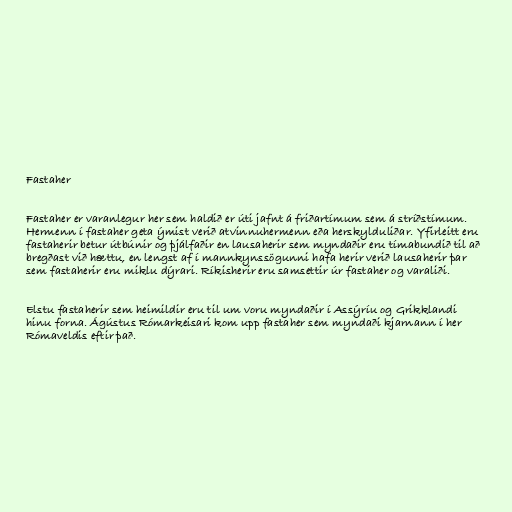
Fastaher

Fastaher er varanlegur her sem haldið er úti jafnt á friðartímum sem á stríðstímum.
Hermenn í fastaher geta ýmist verið atvinnuhermenn eða herskylduliðar. Yfirleitt eru
fastaherir betur útbúnir og þjálfaðir en lausaherir sem myndaðir eru tímabundið til að
bregðast við hættu, en lengst af í mannkynssögunni hafa herir verið lausaherir þar
sem fastaherir eru miklu dýrari. Ríkisherir eru samsettir úr fastaher og varaliði.

Elstu fastaherir sem heimildir eru til um voru myndaðir í Assýríu og Grikklandi
hinu forna. Ágústus Rómarkeisari kom upp fastaher sem myndaði kjarnann í her
Rómaveldis eftir það.